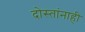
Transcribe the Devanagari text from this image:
दोस्तांनाही